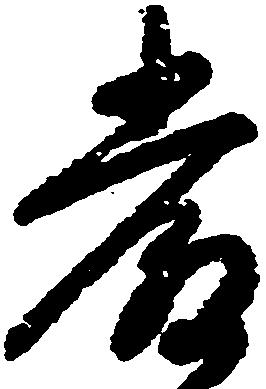
厳